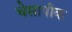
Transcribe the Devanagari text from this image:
चेसापीक